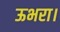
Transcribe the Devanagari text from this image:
ऊभरा।